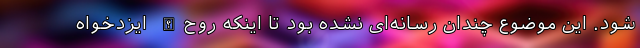
شود. این موضوع چندان رسانه‌ای نشده بود تا اینکه روح‌الله ایزدخواه